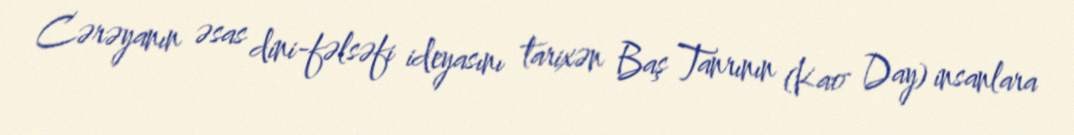
Cərəyanın əsas dini-fəlsəfi ideyasını tarixən Baş Tanrının (Kao Day) insanlara